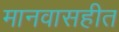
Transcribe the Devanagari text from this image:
मानवासहीत